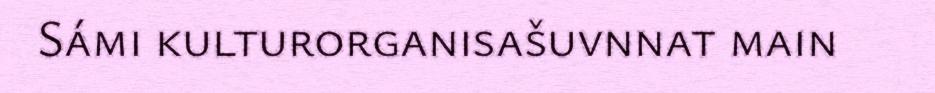
Sámi kulturorganisašuvnnat main